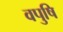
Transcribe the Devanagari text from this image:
वपुषि